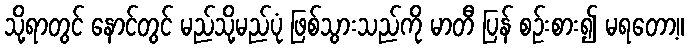
သို့ရာတွင် နောင်တွင် မည်သို့မည်ပုံ ဖြစ်သွားသည်ကို မာတီ ပြန် စဉ်းစား၍ မရတော့။